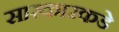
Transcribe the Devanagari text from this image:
सारकारकडे